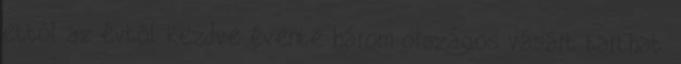
ettől az évtől kezdve évente három országos vásárt tarthat.